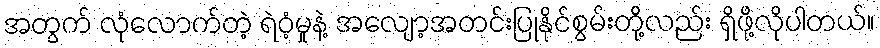
အတွက် လုံလောက်တဲ့ ရဲဝံ့မှုနဲ့ အလျော့အတင်းပြုနိုင်စွမ်းတို့လည်း ရှိဖို့လိုပါတယ်။